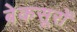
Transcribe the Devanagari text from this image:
बेकसूरों